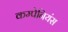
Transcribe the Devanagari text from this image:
कम्पेनियंस